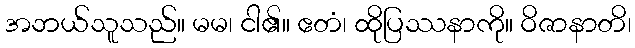
အဘယ်သူသည်။ မမ၊ ငါ၏။ ဧတံ၊ ထိုပြဿနာကို။ ဝိဇာနာတိ၊